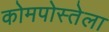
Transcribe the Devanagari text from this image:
कोमपोस्तेला